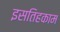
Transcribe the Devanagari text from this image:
इसतिहकाम